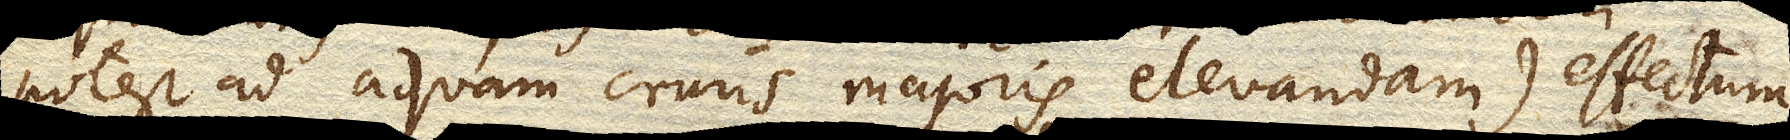
potest ad aquam cruris majoris elevandam) effectum